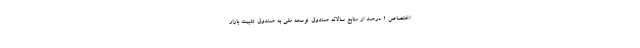
اختصاص 1 درصد از منابع سالانه صندوق توسعه ملی به صندوق تثبیت بازار